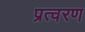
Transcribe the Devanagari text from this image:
प्रत्वरण